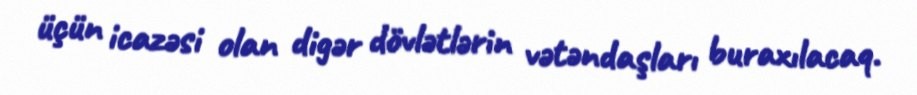
üçün icazəsi olan digər dövlətlərin vətəndaşları buraxılacaq.